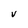
Character: V